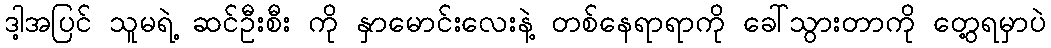
ဒါ့အပြင် သူမရဲ့ ဆင်ဦးစီး ကို နှာမောင်းလေးနဲ့ တစ်နေရာရာကို ခေါ်သွားတာကို တွေ့ရမှာပဲ